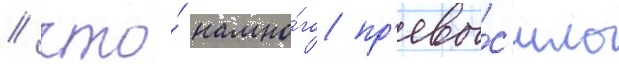
/ что́ намно́го пр'евы́с'ило